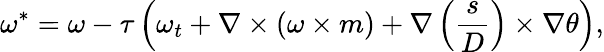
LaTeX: \omega^{*}=\omega-\tau\left(\omega_{t}+\nabla\times(\omega\times m)+\nabla\left(\frac{s}{D}\right)\times\nabla\theta\right),